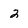
Character: 2